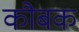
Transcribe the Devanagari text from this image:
कौबक